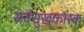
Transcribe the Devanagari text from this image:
सर्वसुखकारक